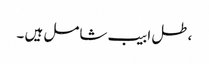
،طل ابیب شامل ہیں ۔